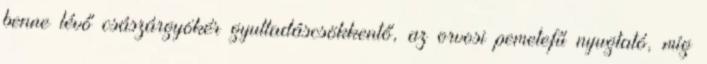
benne lévő császárgyökér gyulladáscsökkentő, az orvosi pemetefű nyugtató, míg